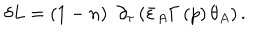
LaTeX: \delta L = \left( 1 - n \right) \, \, \partial _ { \tau } \left( \bar { \varepsilon } _ { A } \Gamma \left( p \right) \theta _ { A } \right) .